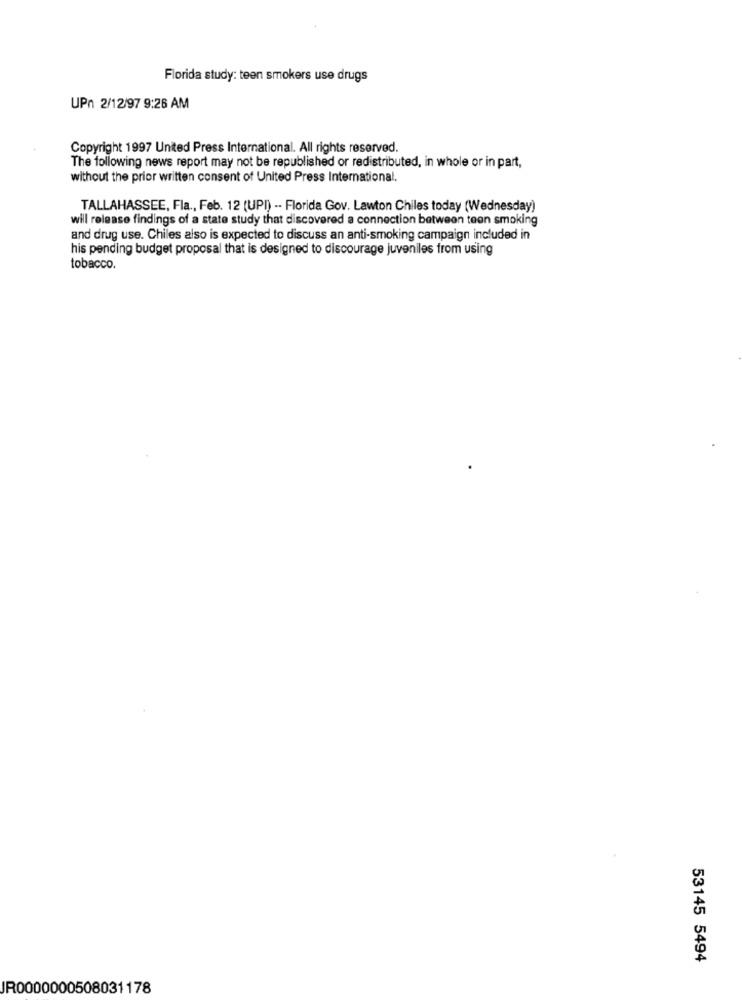
Florida study: teen smokers use drugs
UPn 2/12/97 9:26 AM
Copyright 1997 United Press International. All rights reserved.
The following news report may not be republished or redistributed, in whole or in part,
without the prior written consent of United Press International.
TALLAHASSEE, Fla ., Feb. 12 (UPI) -- Florida Gov. Lawton Chiles today (Wednesday)
will release findings of a state study that discovered a connection between teen smoking
and drug use. Chiles also is expected to discuss an anti-smoking campaign included in
his pending budget proposal that is designed to discourage juveniles from using
tobacco.
53145 5494
JR0000000508031178